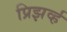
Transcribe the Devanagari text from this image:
प्रिझर्व्ह